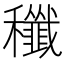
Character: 䆎